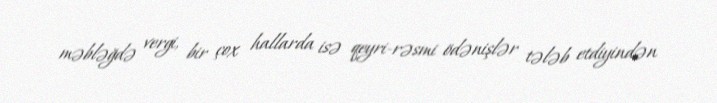
məbləğdə vergi, bir çox hallarda isə qeyri-rəsmi ödənişlər tələb etdiyindən